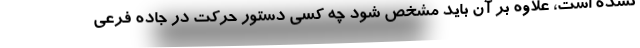
نشده است، علاوه بر آن باید مشخص شود چه کسی دستور حرکت در جاده فرعی